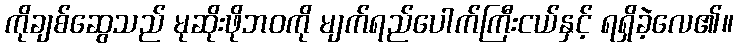
ကိုချစ်ဆွေသည် မုဆိုးဖိုဘဝကို မျက်ရည်ပေါက်ကြီးငယ်နှင့် ရရှိခဲ့လေ၏။